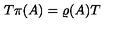
T \pi ( A ) = \varrho ( A ) T